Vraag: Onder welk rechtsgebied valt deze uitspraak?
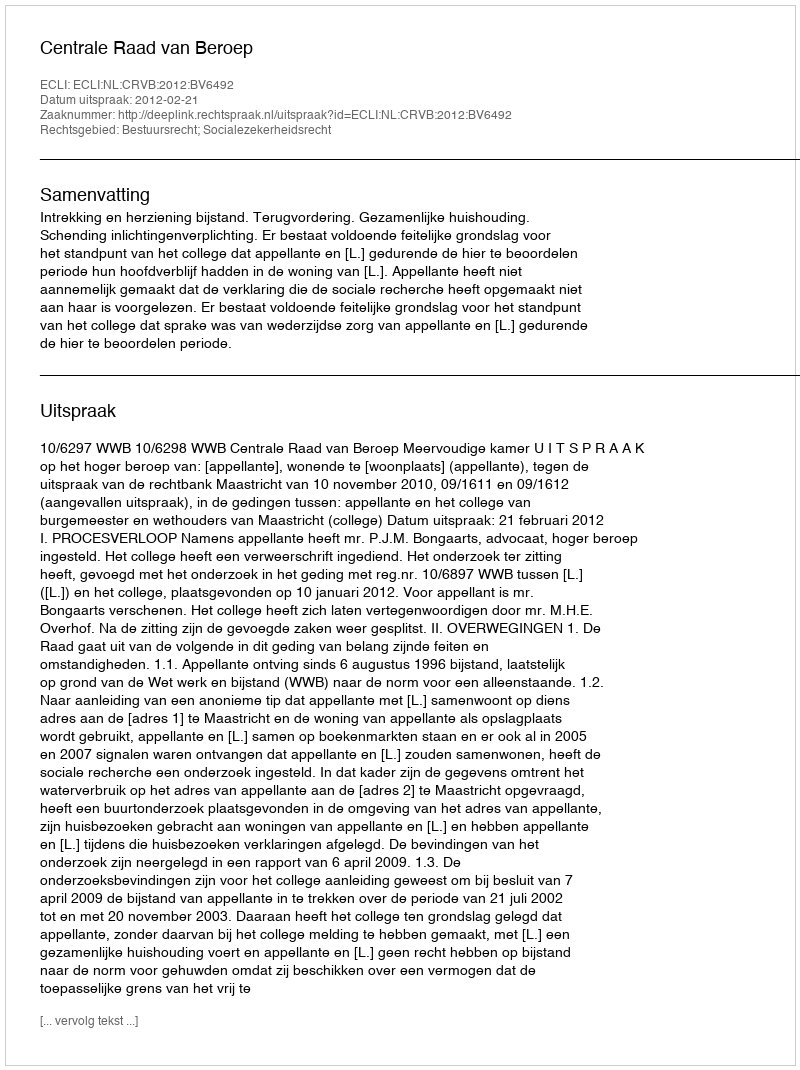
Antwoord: Bestuursrecht; Socialezekerheidsrecht